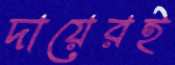
দায়েরই